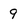
Character: 9